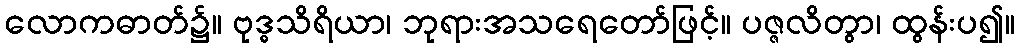
လောကဓာတ်၌။ ဗုဒ္ဓသိရိယာ၊ ဘုရားအသရေတော်ဖြင့်။ ပဇ္ဇလိတွာ၊ ထွန်းပ၍။